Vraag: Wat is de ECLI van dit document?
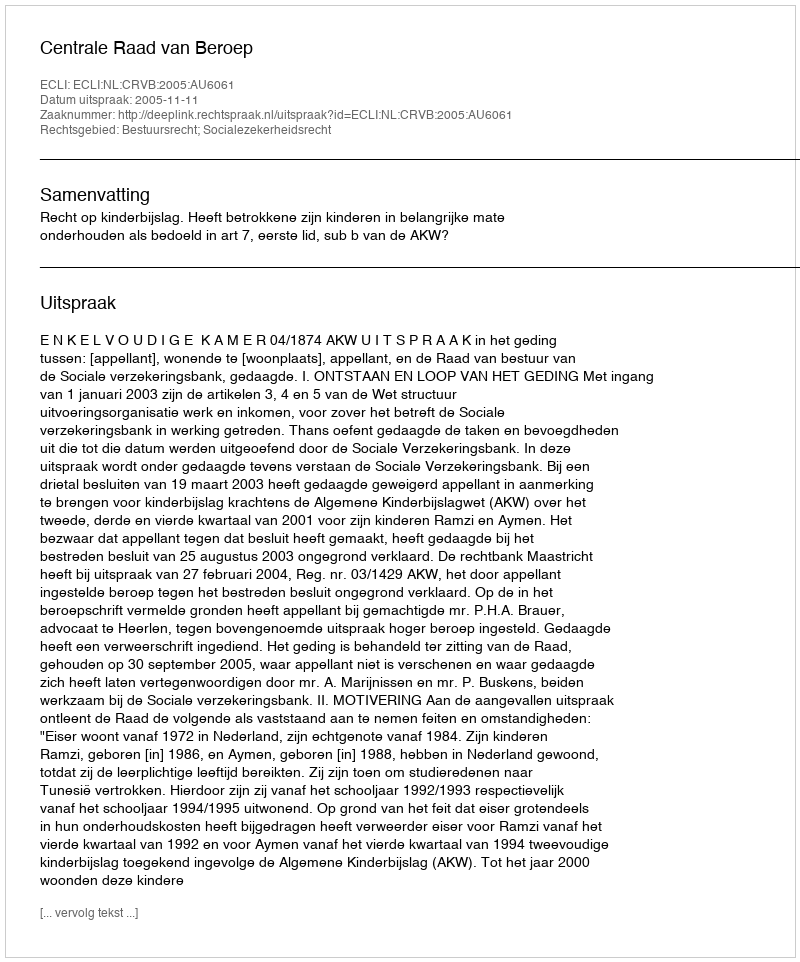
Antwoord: ECLI:NL:CRVB:2005:AU6061